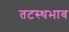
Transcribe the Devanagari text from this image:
तटस्थभाव